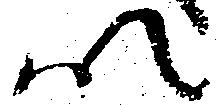
以